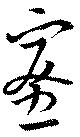
蜜